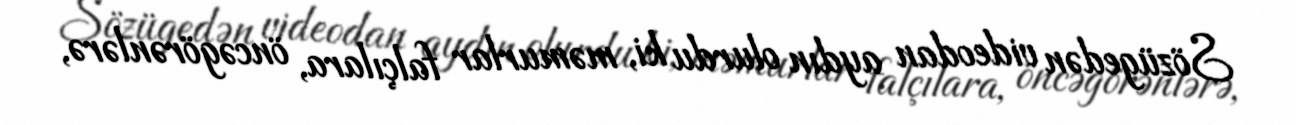
Sözügedən videodan aydın olurdu ki, məmurlar falçılara, öncəgörənlərə,